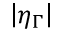
\left| \eta _ { \Gamma } \right|